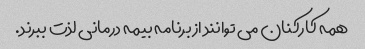
همه کارکنان می توانند از برنامه بیمه درمانی لذت ببرند.